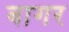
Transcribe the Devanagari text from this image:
बागर